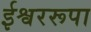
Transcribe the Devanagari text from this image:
ईश्वररूपा